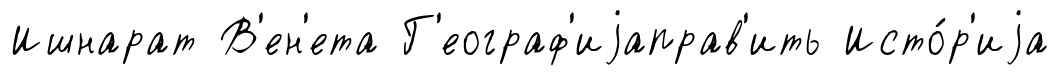
Ишнарат В'ен'ета Г'еограф'иjаправ'ить Исто́р'иjа